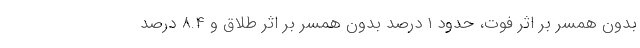
بدون همسر بر اثر فوت، حدود ۱ درصد بدون همسر بر اثر طلاق و ۸.۴ درصد